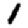
Digit: 1